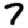
Digit: 7